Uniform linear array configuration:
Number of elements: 64
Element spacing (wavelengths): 0.75
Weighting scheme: cosine
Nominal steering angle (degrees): -30
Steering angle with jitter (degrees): -30.649
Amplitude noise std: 0.05
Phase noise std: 0.05

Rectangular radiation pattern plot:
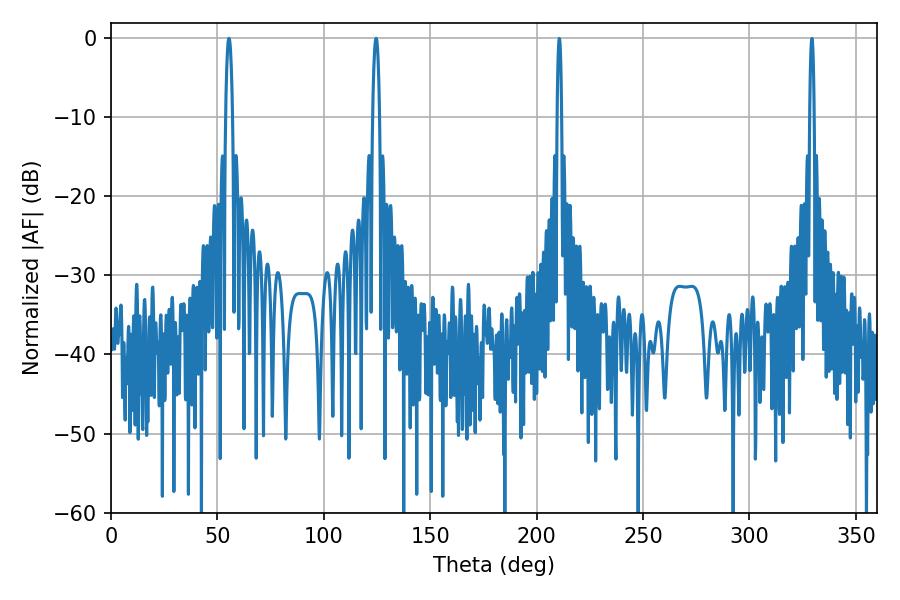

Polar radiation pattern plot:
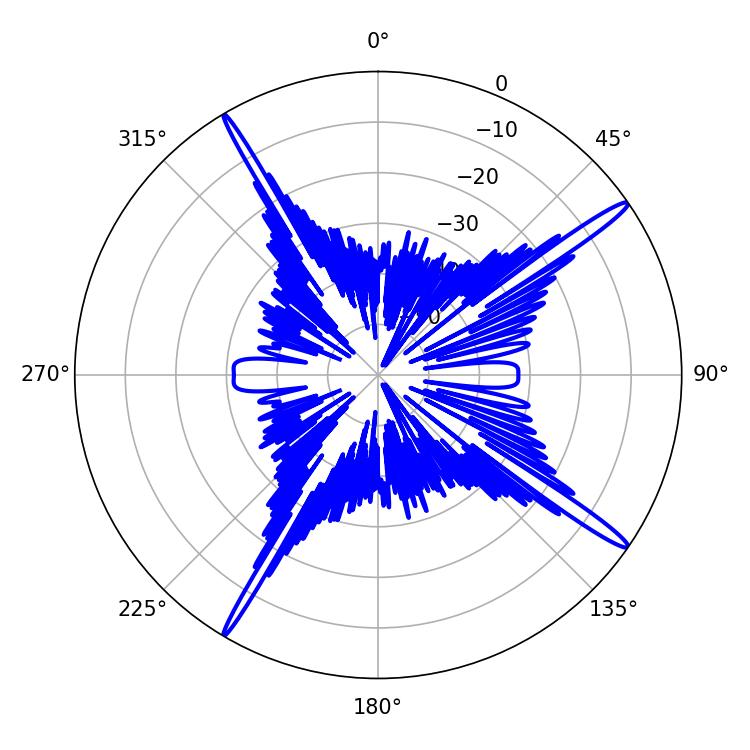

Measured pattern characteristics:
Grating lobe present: TRUE
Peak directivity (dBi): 17.46
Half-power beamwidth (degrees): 1.8
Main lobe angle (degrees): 55.44